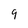
Character: 9